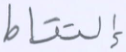
إلتقاط